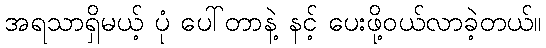
အရသာရှိမယ့် ပုံ ပေါ်တာနဲ့ နင့် ပေးဖို့ဝယ်လာခဲ့တယ်။